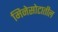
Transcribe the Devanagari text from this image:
मिनेसोटातील